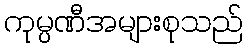
ကုမ္ပဏီအများစုသည်